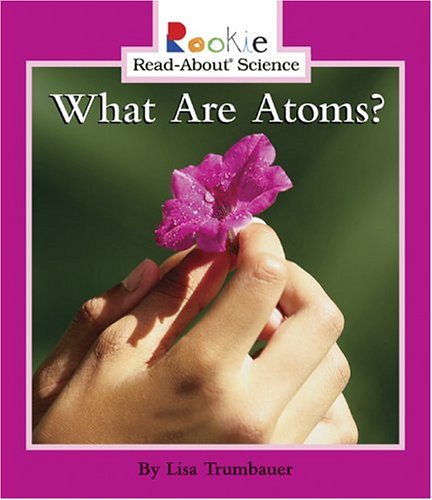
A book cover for What Are Atoms? (Rookie Read-About Science); Lisa Trumbauer; Children's Books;